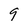
Character: 9